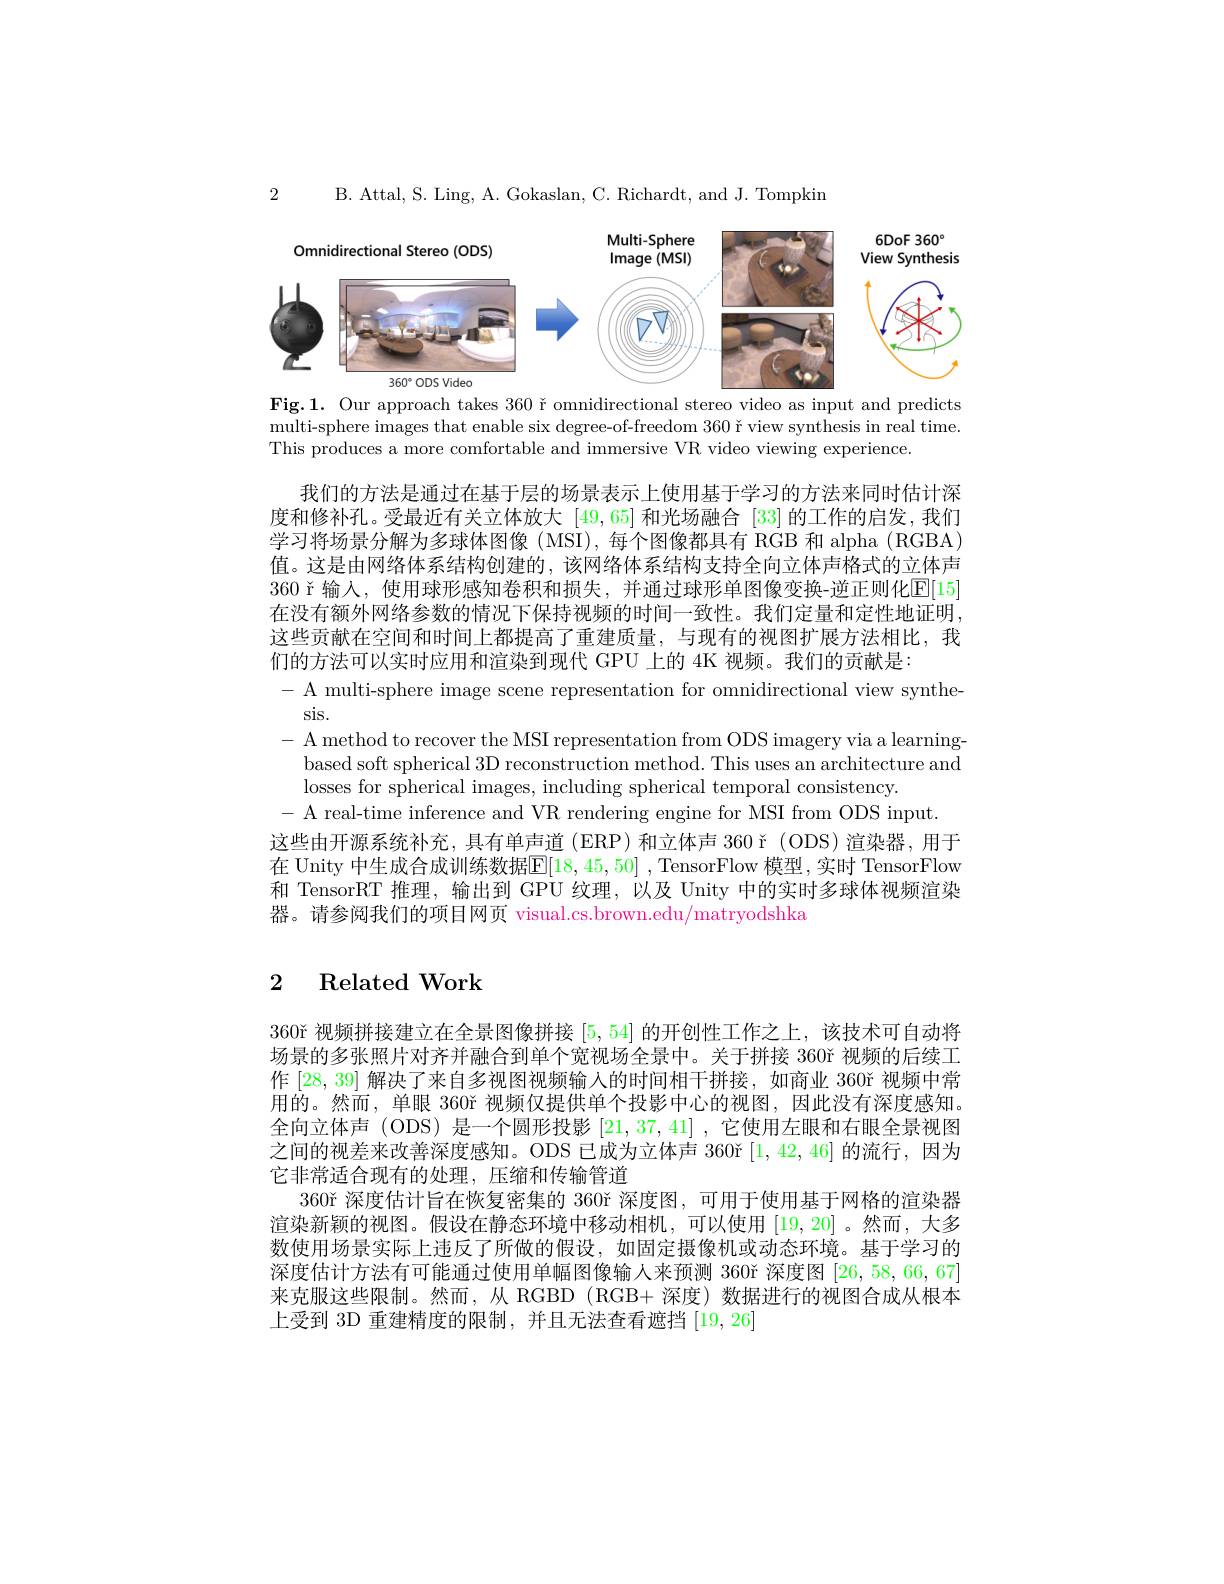
2

B. Attal, S. Ling, A. Gokaslan, C. Richardt, and J. Tompkin

<FigureHere>

Fig.1. Our approach takes $360\text{ \v {r}omnidirectionalstereovideoasinputandpredicts}$ multi-sphere images that enable six degree-of-freedom 360 Y view synthesis in real time. This produces a more comfortable and immersive VR video viewing experience

我们的方法是通过在基于层的场景表示上使用基于学习的方法来同时估计深度和修补孔。受最近有关立体放大[49,65]和光场融合 [33]的工作的启发，我们学习将场景分解为多球体图像 (MSI), 每个图像都具有 RGB 和 alpha (RGBA) 值。这是由网络体系结构创建的，该网络体系结构支持全向立体声格式的立体声360 ř 输入，使用球形感知卷积和损失，并通过球形单图像变换-逆正则化E[ 15] 在没有额外网络参数的情况下保持视频的时间一致性。我们定量和定性地证明， 这些贡献在空间和时间上都提高了重建质量，与现有的视图扩展方法相比，我们的方法可以实时应用和渲染到现代 GPU 上的 4K 视频。我们的贡献是：
- A multi-sphere image scene representation for omnidirectional view synthe-
sis.
- A method to recover the MSI representation from ODS imagery via a learning-
based soft spherical 3D reconstruction method. This uses an architecture and
losses for spherical images, including spherical temporal consistency.
- A real-time inference and VR rendering engine for MSI from ODS input
这些由开源系统补充，具有单声道 (ERP)和立体声 360 ř (ODS)渲染器，用于在 Unity 中生成合成训练数据$\boxed{\mathrm{E}[18,45,50]}$,TensorFlow 模型，实时 TensorFlow 和 TensorRT 推理，输出到 GPU 纹理，以及 Unity 中的实时多球体视频渲染器。请参阅我们的项目网页 visual.cs.brown.edu/matryodshka

# $\begin{array}{cc}2&\text{Related Work}\end{array}$

$360\text{\v {r}视 频 拼 接 建 立 在 全 景 图 像 拼 接 }[ 5, 54]$的开创性工作之上，该技术可自动将场景的多张照片对齐并融合到单个宽视场全景中。关于拼接 360ř 视频的后续工作[28,39]解决了来自多视图视频输入的时间相干拼接，如商业 360ř 视频中常用的。然而，单眼 360°视频仅提供单个投影中心的视图，因此没有深度感知。全向立体声 (ODS) 是一个圆形投影[21,37,41] ,它使用左眼和右眼全景视图之间的视差来改善深度感知。ODS 已成为立体声 $360\check{\mathrm{r}}\left[1,42,46\right]$的流行，因为它非常适合现有的处理，压缩和传输管道
360ř 深度估计旨在恢复密集的 360r 深度图，可用于使用基于网格的渲染器渲染新颖的视图。假设在静态环境中移动相机，可以使用[19,20] 。然而，大多数使用场景实际上违反了所做的假设，如固定摄像机或动态环境。基于学习的深度估计方法有可能通过使用单幅图像输人来预测 360r 深度图[26,58,66,67] 来克服这些限制。然而，从 RGBD (RGB+ 深度)数据进行的视图合成从根本上受到 3D 重建精度的限制，并且无法查看遮挡$\lceil19,26\rceil$